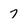
Character: 7